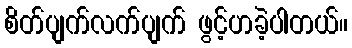
စိတ်ပျက်လက်ပျက် ဖွင့်ဟခဲ့ပါတယ်။